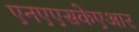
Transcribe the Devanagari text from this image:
एनएएसकेएआर